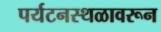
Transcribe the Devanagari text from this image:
पर्यटनस्थळावरून